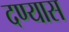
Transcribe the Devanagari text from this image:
दण्यास